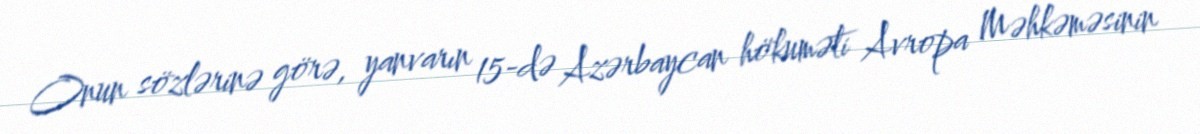
Onun sözlərinə görə, yanvarın 15-də Azərbaycan hökuməti Avropa Məhkəməsinin